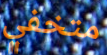
متخفي